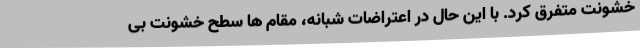
خشونت متفرق کرد. با این حال در اعتراضات شبانه، مقام ها سطح خشونت بی